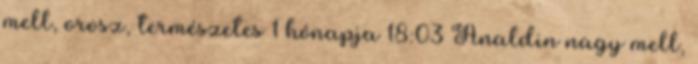
mell, orosz, természetes 1 hónapja 18:03 Analdin nagy mell,